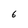
Character: 6